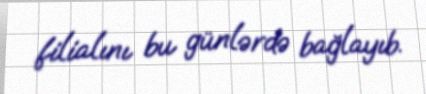
filialını bu günlərdə bağlayıb.